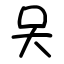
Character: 㕦